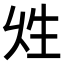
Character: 𤯖